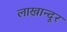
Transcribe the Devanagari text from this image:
लाखान्दूर